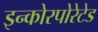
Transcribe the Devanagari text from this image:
इन्कोरपोरेटेड